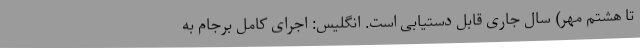
تا هشتم مهر) سال جاری قابل دستیابی است. انگلیس: اجرای کامل برجام به